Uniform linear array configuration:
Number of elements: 24
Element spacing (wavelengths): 1
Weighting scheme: uniform
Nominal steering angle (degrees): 15
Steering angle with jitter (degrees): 14.287
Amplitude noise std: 0.05
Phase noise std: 0.05

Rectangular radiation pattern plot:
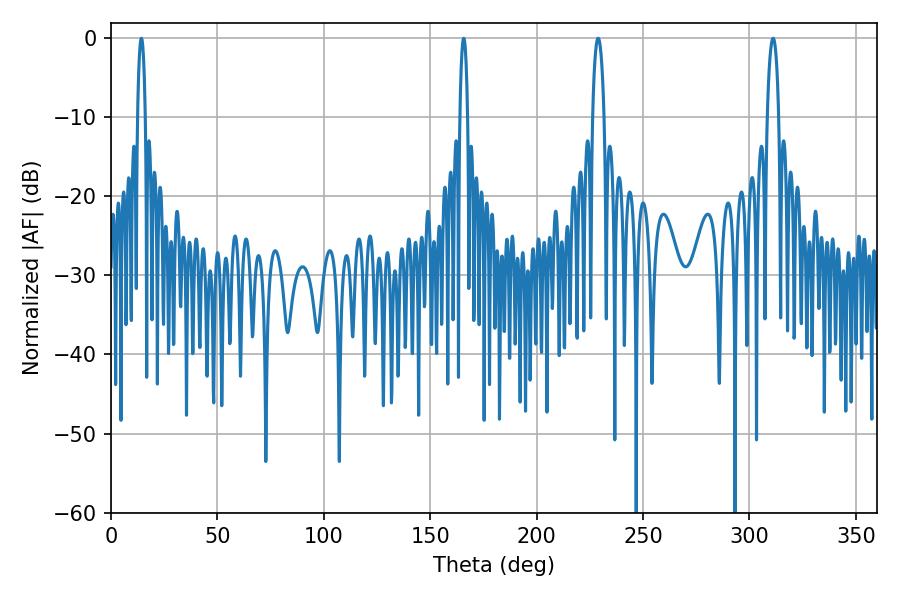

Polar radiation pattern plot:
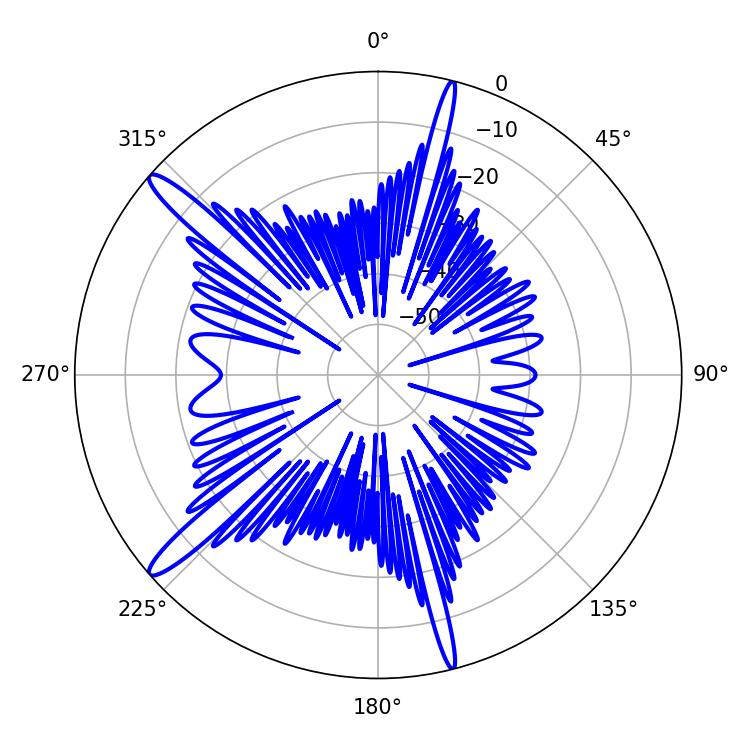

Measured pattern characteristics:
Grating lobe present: TRUE
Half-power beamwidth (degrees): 3.06
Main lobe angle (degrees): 311.04